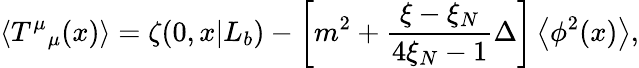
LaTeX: \left<T^{\mu}{}_{\mu}(x)\right>=\zeta(0,x|L_{b})-\left[m^{2}+\frac{\xi-\xi_{N}}{4\xi_{N}-1}\Delta\right]\left<\phi^{2}(x)\right>,